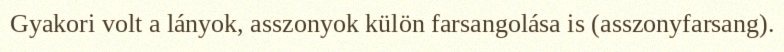
Gyakori volt a lányok, asszonyok külön farsangolása is (asszonyfarsang).